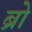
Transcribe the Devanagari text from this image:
ब्राे